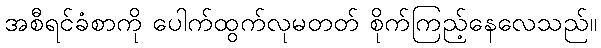
အစီရင်ခံစာကို ပေါက်ထွက်လုမတတ် စိုက်ကြည့်နေလေသည်။